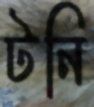
টনি